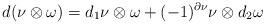
LaTeX: \begin{align*}d(\nu\otimes\omega)=d_1\nu\otimes\omega+(-1)^{\partial\nu} \nu\otimes d_2\omega\end{align*}